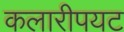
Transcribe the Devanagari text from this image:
कलारीपयट